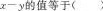
x-y的值等于( )